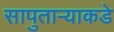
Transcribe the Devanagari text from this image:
सापुताऱ्याकडे